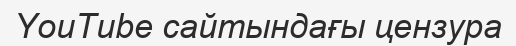
YouTube сайтындағы цензура